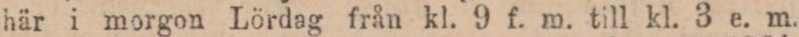
här i morgon Lördag från kl. 9 f. m. till kl. 3 e. m.